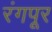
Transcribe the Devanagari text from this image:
रंगपूर